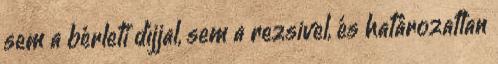
sem a bérleti díjjal, sem a rezsivel, és határozatlan